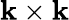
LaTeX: \mathbf{k}\times\mathbf{k}